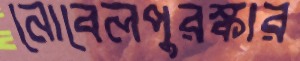
নোবেলপুরস্কার